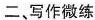
二、写作微练